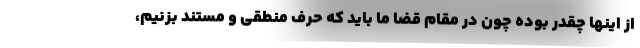
از اینها چقدر بوده چون در مقام قضا ما باید که حرف منطقی و مستند بزنیم،